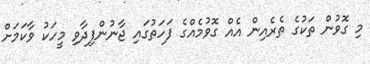
މި ގޮވުން ތަކުގެ ތެރެއިން އެއް ގޮވުމެއްގެ ފަހަތުގައި ޖާނުންފިދާވި މީހަކު ވާކަމަށް